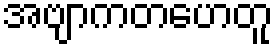
အဗျာကတဟေတူ